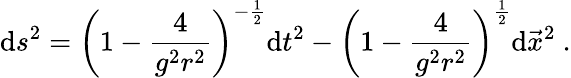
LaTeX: \mathrm{d}s^{2}=\left(1-{\frac{{4}}{{g^{2}r^{2}}}}\right)^{-{\frac{{1}}{{2}}}}\mathrm{d}t^{2}-\left(1-{\frac{{4}}{{g^{2}r^{2}}}}\right)^{\frac{{1}}{{2}}}\mathrm{d}\vec{{x}}^{2}\ .